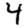
Digit: 4